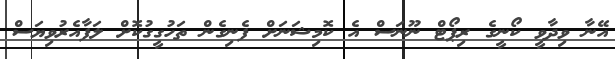
އޭނާ ވިދާވީ ކޯނީގެ ރިޕޯޓް ނޫނަސް އެ ކޮމިޝަނަށް ފެނިގެން ތަހުގީގުކޮށް ލަފާއެރުވިޔަސް